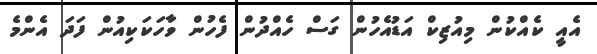
އެއީ ކެއްކުން މިއުޒިކް އަޑުއެހުން ގަސް ހެއްދުން ފެހުން ވާހަކަކިއުން ފަދަ އެންމެ